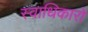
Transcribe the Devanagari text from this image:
स्वाधिकारों